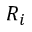
R _ { i }